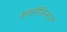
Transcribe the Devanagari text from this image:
कवासीक्रिस्टल